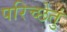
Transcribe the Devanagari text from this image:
परिच्छेतुं